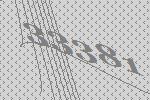
33381